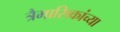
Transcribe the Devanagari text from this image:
त्रैमासिकांच्या